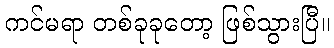
ကင်မရာ တစ်ခုခုတော့ ဖြစ်သွားပြီ။